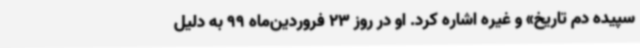
سپیده دم تاریخ» و غیره اشاره کرد. او در روز 23 فروردین‌ماه 99 به دلیل